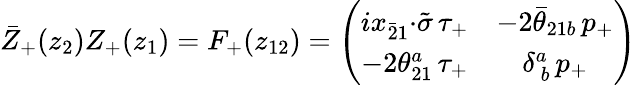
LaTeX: \bar{Z}_{+}(z_{2})Z_{+}(z_{1})=F_{+}(z_{12})=\left(\begin{array}{cc}{{ix_{\bar{2}1}{\cdot\tilde{\sigma}}\, \tau_{+}}}&{{-2\bar{\theta}_{21b}\, p_{+}}}\\ {{-2\theta_{21}^{a}\, \tau_{+}}}&{{\delta_{~b}^{a}\, p_{+}}}\end{array}\right)